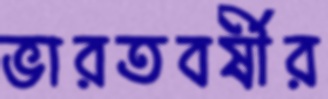
ভারতবর্ষীর